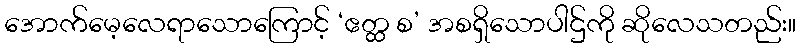
အောက်မေ့လေရာသောကြောင့် ‘ဧတ္ထ စ’ အစရှိသောပါဌ်ကို ဆိုလေသတည်း။